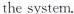
the system.